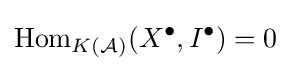
\operatorname {Hom} _{K({\mathcal {A}})}(X^{\bullet },I^{\bullet })=0